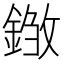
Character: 𨨽